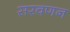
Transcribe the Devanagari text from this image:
सरवणन